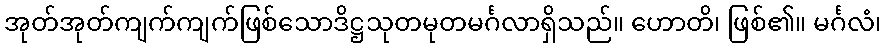
အုတ်အုတ်ကျက်ကျက်ဖြစ်သောဒိဋ္ဌသုတမုတမင်္ဂလာရှိသည်။ ဟောတိ၊ ဖြစ်၏။ မင်္ဂလံ၊